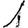
Digit: 1